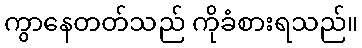
ကွာနေတတ်သည် ကိုခံစားရသည်။